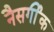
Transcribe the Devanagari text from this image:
नैसर्गीक